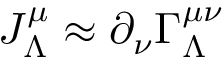
J _ { \Lambda } ^ { \mu } \approx \partial _ { \nu } \Gamma _ { \Lambda } ^ { \mu \nu }